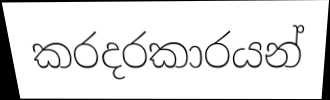
කරදරකාරයන්